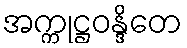
အက္ကုဋ္ဌဝန္ဒိတေ